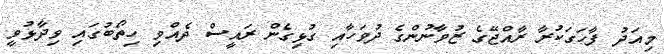
މިއަދު ފާހަގަކުރާ ރާއްޖޭގެ ޒުވާނުންގެ ދުވަހާއި ގުޅިގެން ރައީސް ދެއްވި ހިތޯބުގައި ވިދާޅުވީ